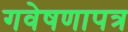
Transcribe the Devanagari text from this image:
गवेषणापत्र